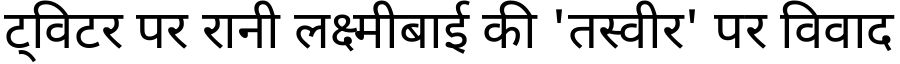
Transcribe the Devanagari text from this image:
ट्विटर पर रानी लक्ष्मीबाई की 'तस्वीर' पर विवाद